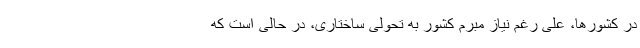
در کشورها، علی رغم نیاز مبرم کشور به تحولی ساختاری، در حالی است که